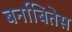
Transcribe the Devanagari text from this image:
बर्नाबितेस